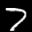
Label: 7